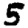
Digit: 5